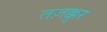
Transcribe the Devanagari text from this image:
तज़क्कुर